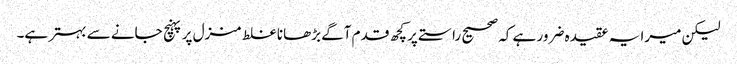
لیکن میرا یہ عقیدہ ضرور ہے کہ صحیح راستے پر کچھ قدم آگے بڑھانا غلط منزل پر پہنچ جانے سے بہتر ہے۔